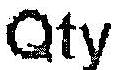
QTY